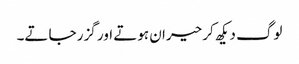
لوگ دیکھ کر حیران ہوتے اور گزر جاتے۔